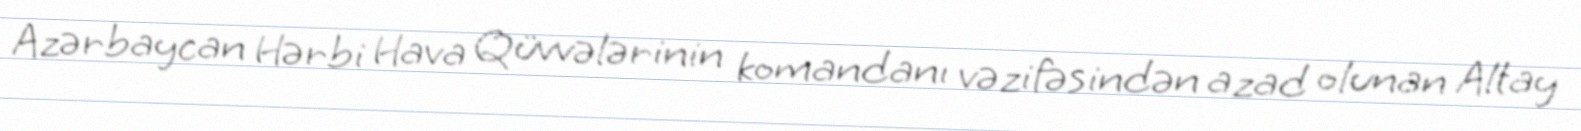
Azərbaycan Hərbi Hava Qüvvələrinin komandanı vəzifəsindən azad olunan Altay